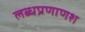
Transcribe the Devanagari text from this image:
लब्धप्रणाणश